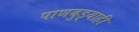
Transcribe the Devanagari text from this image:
पाणबुड्याही